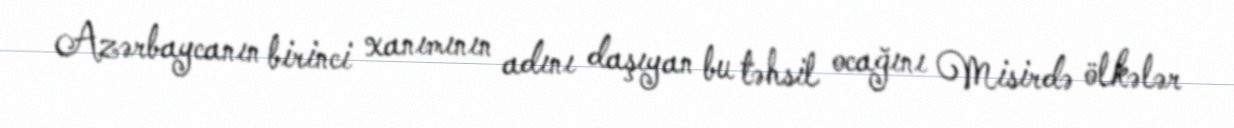
Azərbaycanın birinci xanımının adını daşıyan bu təhsil ocağını Misirdə ölkələr